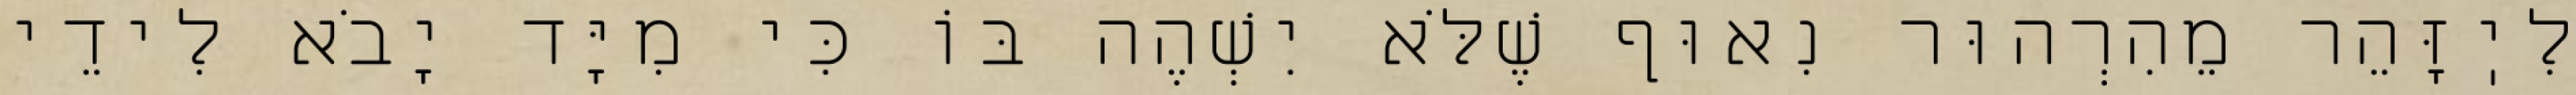
לִיֽזָּהֵר מֵהִרְהוּר נִאוּף שֶׁלֹּא יִשְׁהֶה בּוֹ כִּי מִיָּד יָבֹא לִידֵי